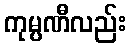
ကုမ္ပဏီလည်း